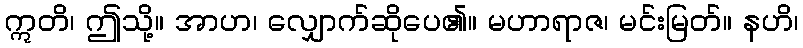
ဣတိ၊ ဤသို့။ အာဟ၊ လျှောက်ဆိုပေ၏။ မဟာရာဇ၊ မင်းမြတ်။ နဟိ၊